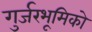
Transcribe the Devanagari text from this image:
गुर्जरभूमिको